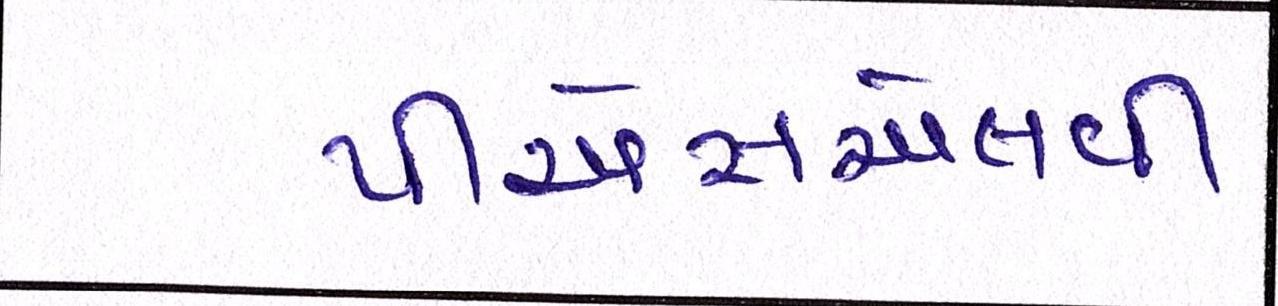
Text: પીએસએલવી